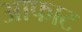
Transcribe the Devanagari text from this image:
आफाट